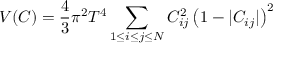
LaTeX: V ( C ) = { \frac { 4 } { 3 } } \pi ^ { 2 } T ^ { 4 } \sum _ { 1 \le i \le j \le N } C _ { i j } ^ { 2 } \left( 1 - \vert C _ { i j } \vert \right) ^ { 2 }